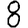
Digit: 8